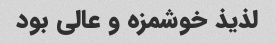
لذیذ خوشمزه و عالی بود